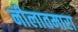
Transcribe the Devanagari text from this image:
नीलातमारा